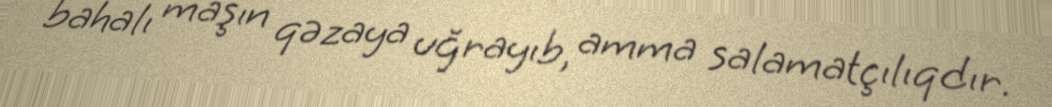
bahalı maşın qəzaya uğrayıb, amma salamatçılıqdır.